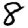
Digit: 8